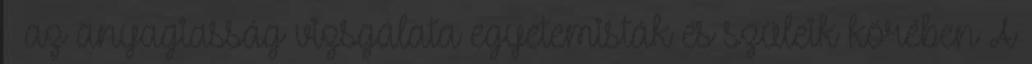
– az anyagiasság vizsgálata egyetemisták és szüleik körében A